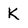
Character: k